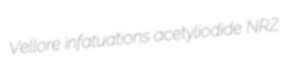
Vellore infatuations acetyliodide NRZ